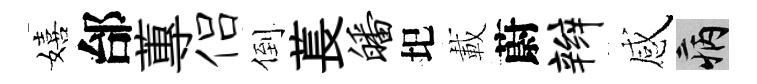
嬉邰蓴侣倒萇皤圯載蔚辫感病